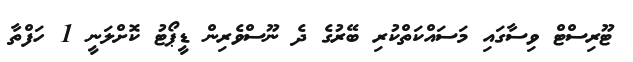
ޓޫރިސްޓް ވިސާގައި މަސައްކަތްކުރި ބޭރުގެ ދެ ނޫސްވެރިން ޑީޕޯޓު ކޮށްލަނީ 1 ހަފްތާ